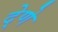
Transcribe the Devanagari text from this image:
दे्णे